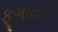
ફૂગાવાનો